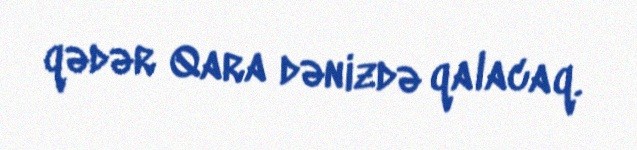
qədər Qara dənizdə qalacaq.